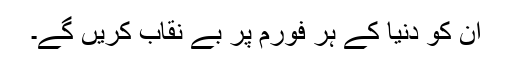
ان کو دنیا کے ہر فورم پر بے نقاب کریں گے۔